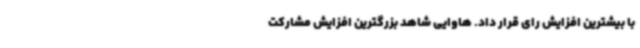
با بیشترین افزایش رای قرار داد. هاوایی شاهد بزرگترین افزایش مشارکت